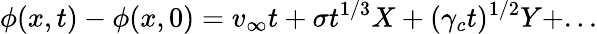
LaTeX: \phi(x,t)-\phi(x,0)=v_{\infty}t+\sigma t^{1/3}X+(\gamma_{c}t)^{1/2}Y+...